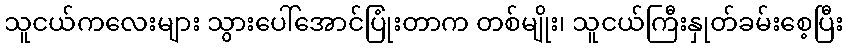
သူငယ်ကလေးများ သွားပေါ်အောင်ပြုံးတာက တစ်မျိုး၊ သူငယ်ကြီးနှုတ်ခမ်းစေ့ပြီး